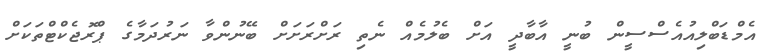
އެމްޑަބްލިއުއެސްސީން ބުނީ އާބާދީ އަށް ބެލުމެއް ނެތި ރަށްރަށަށް ބޭނުންވާ ނަރުދަމާގެ ޕްރޮޖެކްޓްތަކަށް